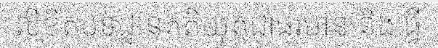
លិខិតបទដ្ឋានគតិយុត្តជាធរមាន និងធ្វើ